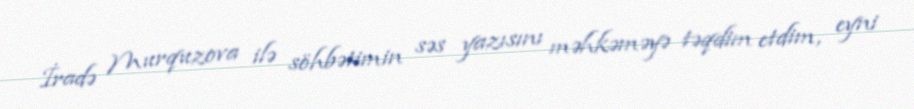
İradə Murquzova ilə söhbətimin səs yazısını məhkəməyə təqdim etdim, eyni